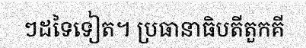
ៗដទៃទៀត។ ប្រធានាធិបតីតួកគី